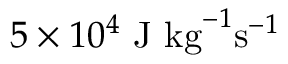
5 \times 1 0 ^ { 4 } ~ \mathrm { J ~ k g } ^ { - 1 } \mathrm { s } ^ { - 1 }